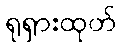
ရုရှားထုတ်